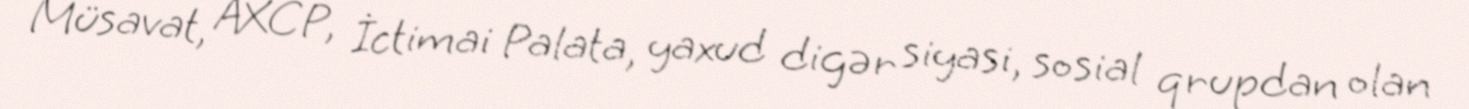
Müsavat, AXCP, İctimai Palata, yaxud digər siyasi, sosial qrupdan olan